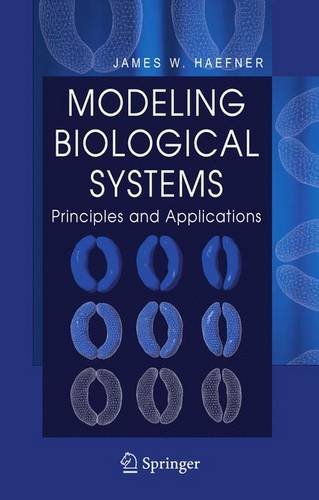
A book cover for Modeling Biological Systems:: Principles and Applications; James W. Haefner; Computers & Technology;